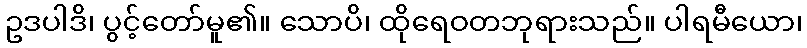
ဥဒပါဒိ၊ ပွင့်တော်မူ၏။ သောပိ၊ ထိုရေဝတဘုရားသည်။ ပါရမီယော၊